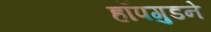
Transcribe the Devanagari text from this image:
हॉपगुडने